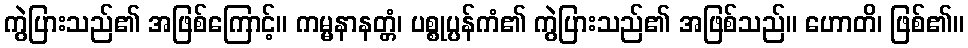
ကွဲပြားသည်၏ အဖြစ်ကြောင့်။ ကမ္မနာနတ္တံ၊ ပစ္စုပ္ပန်ကံ၏ ကွဲပြားသည်၏ အဖြစ်သည်။ ဟောတိ၊ ဖြစ်၏။